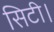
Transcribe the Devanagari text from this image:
सिटी।